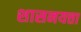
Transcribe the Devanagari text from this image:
शासनयत्ता